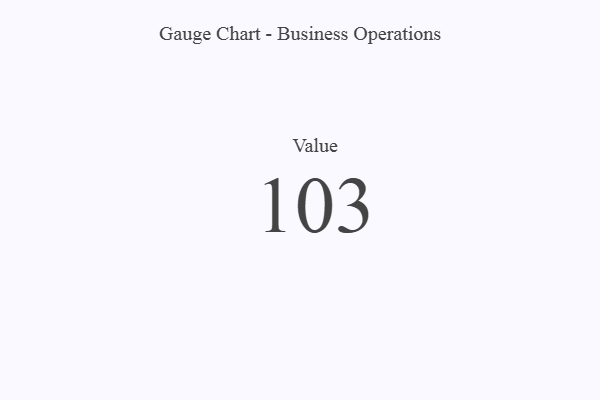
{"axis": {"x": "Metric", "y": "Value"}, "legend": [""], "data": [{"x": "Value", "y": 103, "type": ""}]}